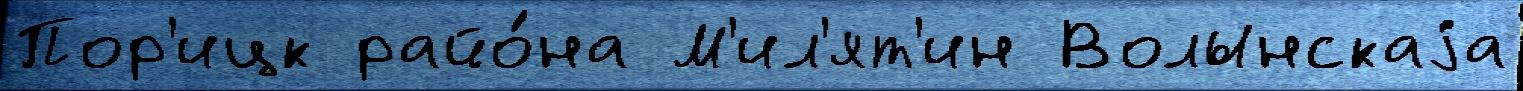
Пор'ицк райо́на М'ил'ят'ин Волынскаjа